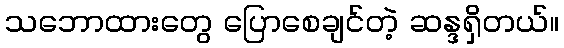
သဘောထားတွေ ပြောစေချင်တဲ့ ဆန္ဒရှိတယ်။